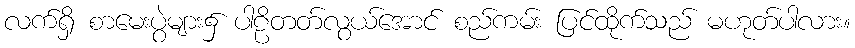
လက်ရှိ စာမေးပွဲများ၌ ပါဠိတတ်လွယ်အောင် စည်ကမ်း ပြင်ထိုက်သည် မဟုတ်ပါလား။